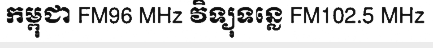
កម្ពុជា FM96 MHz វិទ្យុទន្លេ FM102.5 MHz